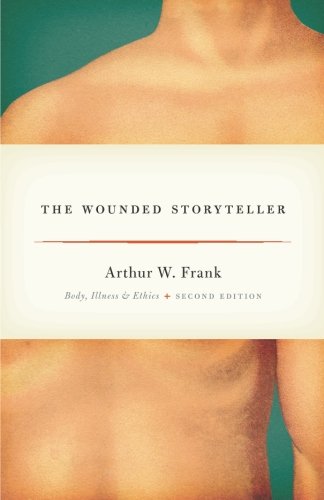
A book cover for The Wounded Storyteller: Body, Illness, and Ethics, Second Edition; Arthur W. Frank; Medical Books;